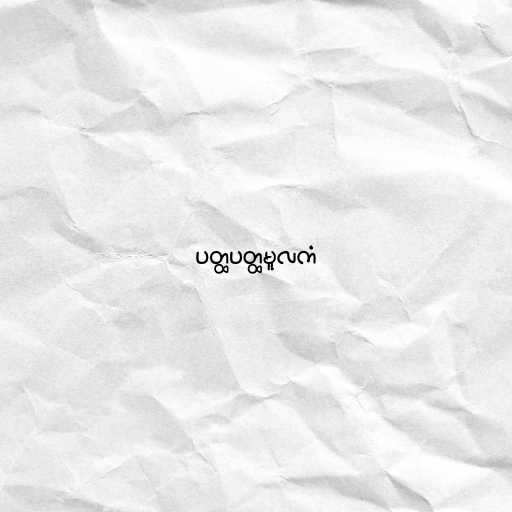
ပတ္ထပတ္ထမူလကံ